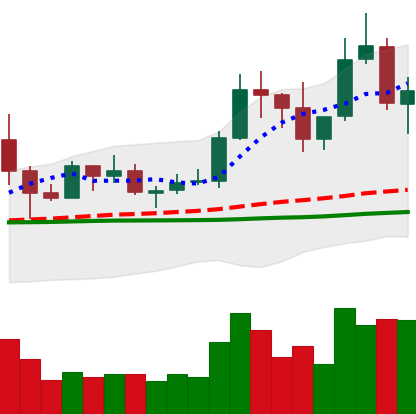
Ticker: TRX-USD
Chart end date: 2019-06-04
Forward return: -14.033%
Label: down_7plus